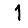
Digit: 1